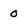
Character: 0